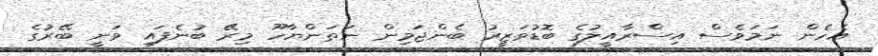
އެހެން ނަމަވެސް އިސްރާއީލުގެ ބޮޑުވަޒީރު ބެންޖަމިން ނަތަންޔާހޫ މިރޭ ބުނެފައި ވަނީ ބޭރުގެ